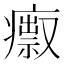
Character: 𤺅